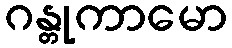
ဂန္တုကာမော